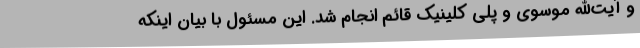
و آیت‌الله موسوی و پلی کلینیک قائم انجام شد. این مسئول با بیان اینکه